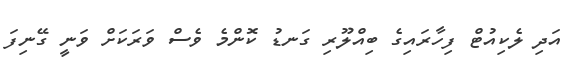
އަދި ލެކިއުޓް ފިހާރައިގެ ބިއްލޫރި ގަނޑު ކޮންމެ ވެސް ވަރަކަށް ވަނީ ގޭނިފަ